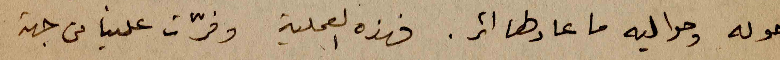
حوله وحواليه ما عاد لها اثر. فهذه العملية وفرّت علينا من جهة